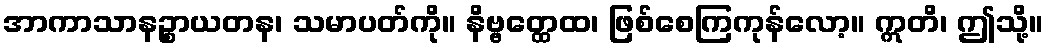
အာကာသာနဉ္စာယတန၊ သမာပတ်ကို။ နိဗ္ဗတ္ထေထ၊ ဖြစ်စေကြကုန်လော့။ ဣတိ၊ ဤသို့။